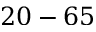
2 0 - 6 5